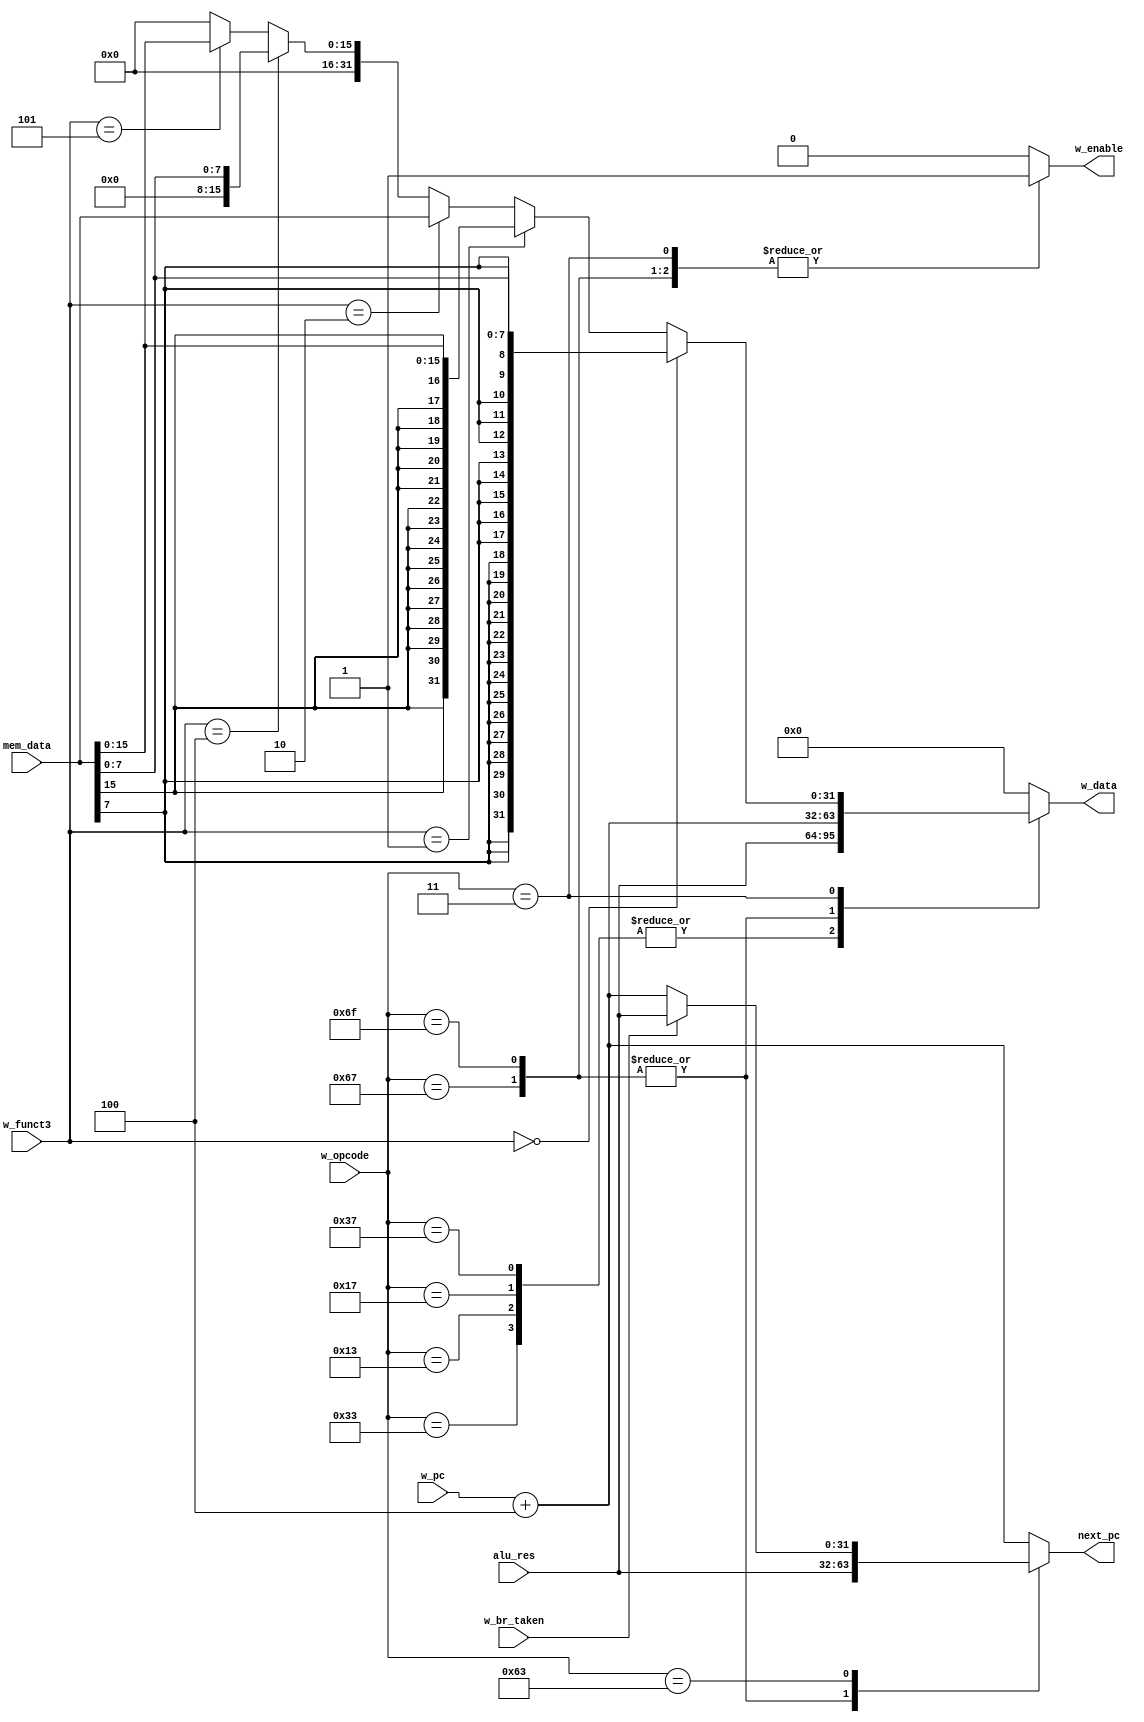
module writeback_logic(
  input [6:0] w_opcode,
  input [31:0] alu_res,
  input [31:0] mem_data,
  input [31:0] w_pc,
  input [2:0] w_funct3,
  input w_br_taken,
  output reg w_enable,
  output reg [31:0] w_data,
  output reg [31:0] next_pc
);

initial begin
    w_enable = 1'b0;
    w_data = 32'h00000000;
    next_pc = 32'h00000000;
end

always @(*) begin
    case (w_opcode) //decide result based on opcode
        7'b0110111, //LUI
        7'b0010111, //AUIPC
        7'b0010011, // I-type
        7'b0110011: begin // R-type
            w_enable = 1;
            w_data = alu_res;
            next_pc = w_pc + 4;
        end

        7'b1101111, //JAL
        7'b1100111: begin //JALR
            w_enable = 1;
            w_data = w_pc + 4;
            next_pc = alu_res;
        end

        7'b1100011: begin //BEQ-BGEU
            w_enable = 0;
            w_data = 0;
            if (w_br_taken) begin
                next_pc = alu_res;
            end else begin
                next_pc = w_pc + 4;
            end
        end

        7'b0000011: begin // Load instructions
            w_enable = 1;
            //process read date from memory!
            if (w_funct3 == 3'b000) begin
                //byte load
                w_data = {{24{mem_data[7]}}, mem_data[7:0]};
            end else if (w_funct3 == 3'b001) begin
                //half load
                w_data = {{16{mem_data[15]}}, mem_data[15:0]};
            end else if (w_funct3 == 3'b010) begin
                //word load
                w_data = mem_data[31:0];
            end else if (w_funct3 == 3'b100) begin
                //U-byte load
                w_data = {{24{1'b0}}, mem_data[7:0]};
            end else if (w_funct3 == 3'b101) begin
                //U-half load
                w_data = {{16{1'b0}}, mem_data[15:0]};
            end else begin
                //error occurred, set w_data to 0!
                w_data = 32'h00000000;
            end
            next_pc = w_pc + 4;
        end

        7'b0100011: begin // Store instructions
            w_enable = 0;
            w_data = 0;
            next_pc = w_pc + 4;
        end

        default: begin
            w_enable = 0; // Don't write anything for unknown instruction type
            w_data = 0;
            next_pc = w_pc + 4;
        end
    endcase
end
endmodule